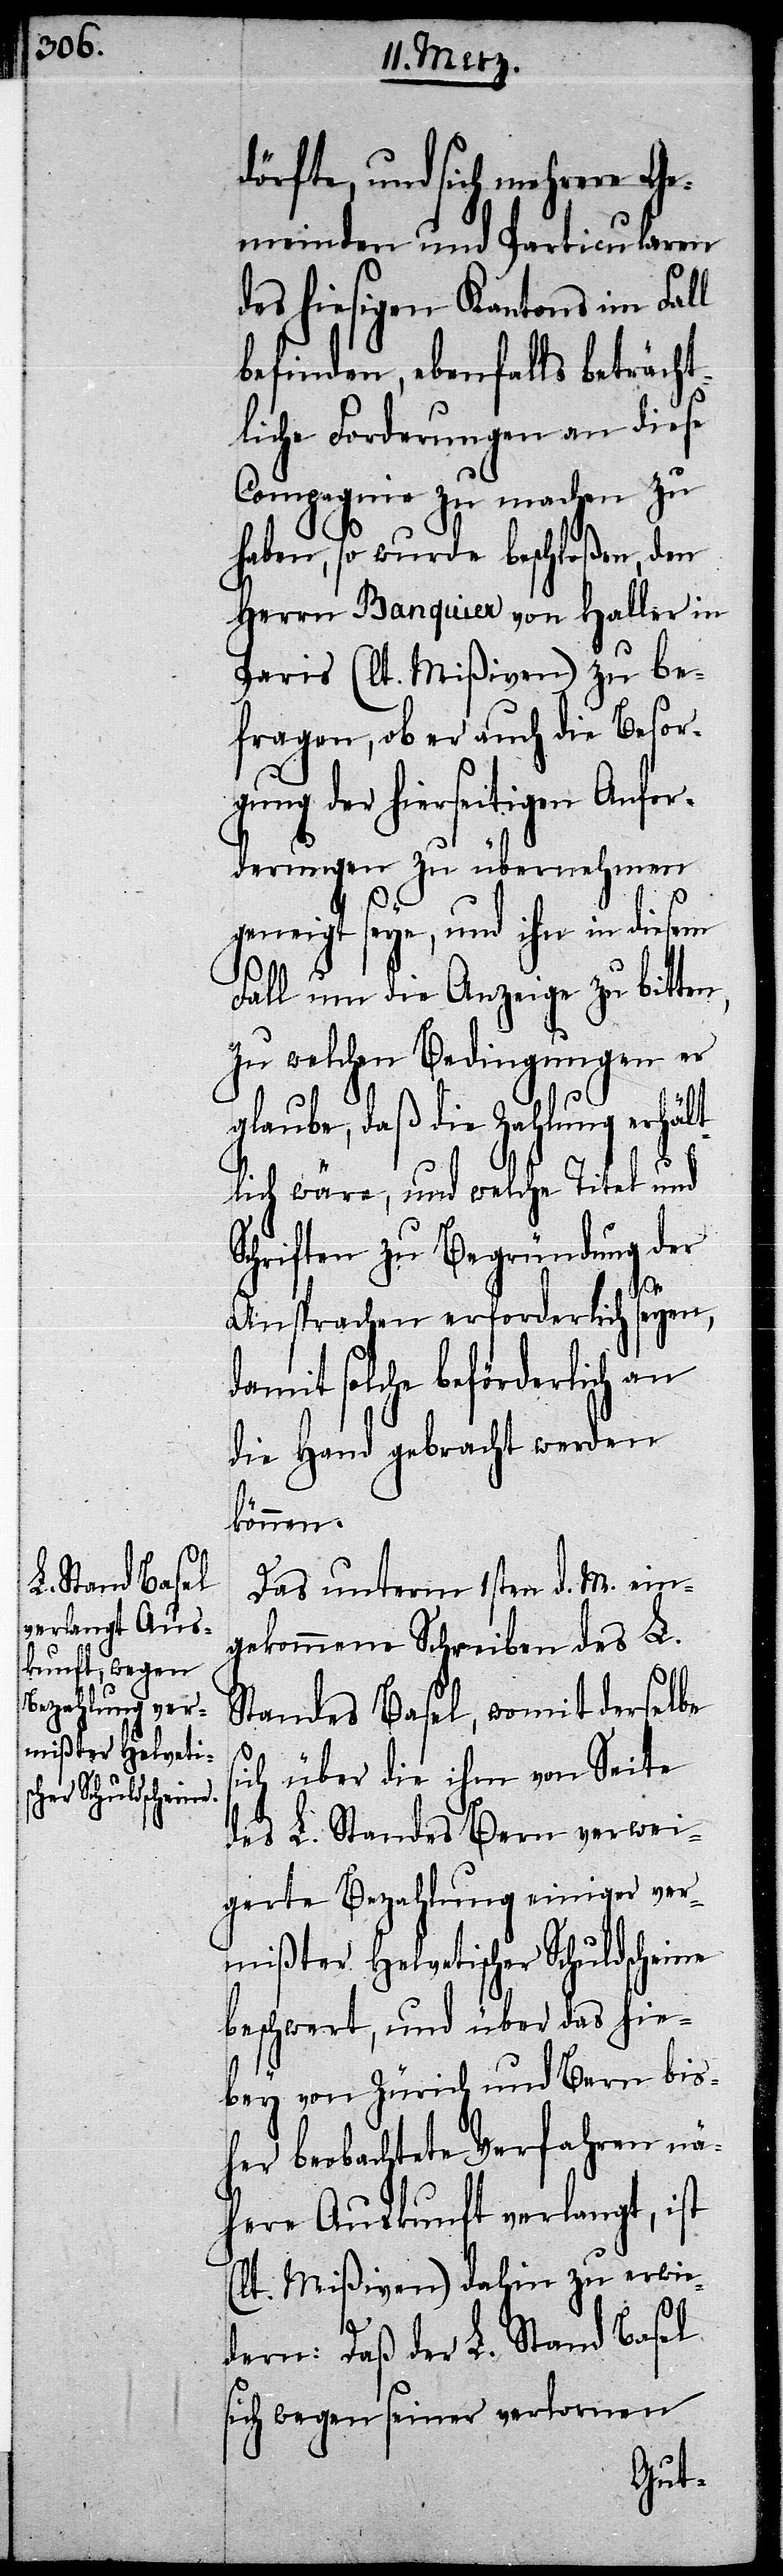
dörfte, und sich mehrere Ge¬
meinden und Particularen
des hiesigen Kantons im Fall
befinden, ebenfalls beträcht¬
liche Forderungen an diese
Compagnie zu machen zu
haben, so wurde beschloßen, den
Herrn Banquier von Haller in
Paris (lt. Mißiven) zu be¬
fragen, ob er auch die Besor¬
gung der hierseitigen Anfor¬
derungen zu übernehmen
geneigt seye, und ihn in diesem
Fall um die Anzeige zu bitten,
zu welchen Bedingungen er
glaube, daß die Zahlung erhält¬
lich wäre, und welche Titel und
Schriften zu Begründung der
s¬
Ansprachen erforderlich seyen,
damit solche beförderlich an
die Hand gebracht werden
können.
Das unterm 1sten d. M. ein¬
gekommene Schreiben des L.
Standes Basel, womit derselbe
ich über die ihm von Seite
des L. Standes Bern verwei¬
gerte Bezahlung einiger ver¬
mißter Helvetischer Schuldscheine
beschwert, und über das hie¬
bey von Zürich und Bern bis¬
her beobachtete Verfahren nä¬
here Auskunft verlangt, ist
(lt. Mißiven) dahin zu erwie¬
dern: Daß der L. Stand Basel
sich wegen seiner verlornen